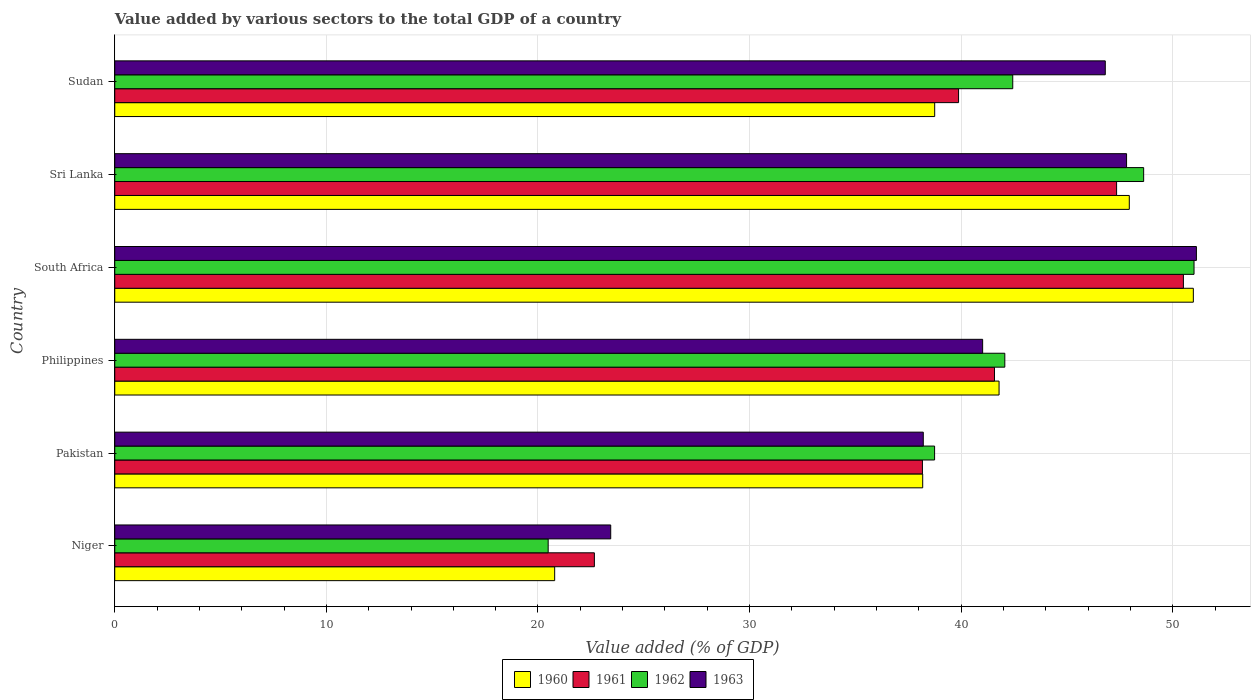
| Country | 1960 | 1961 | 1962 | 1963 |
 | --- | --- | --- | --- | --- |
 | Niger | 20.8 | 22.7 | 20.5 | 23.4 |
 | Pakistan | 38.2 | 38.2 | 38.7 | 38.2 |
 | Philippines | 41.8 | 41.6 | 42.1 | 41 |
 | South Africa | 51 | 50.5 | 51 | 51.1 |
 | Sri Lanka | 47.9 | 47.3 | 48.6 | 47.8 |
 | Sudan | 38.7 | 39.9 | 42.4 | 46.8 |